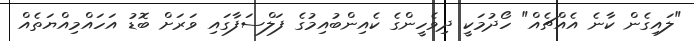
"ލައިގެން ކާނެ އެއްޗެއް" ހޯދުމަކީ ދިވެހީންގެ ކެއިންބުއިމުގެ ފަލްސަފާގައި ވަރަށް ބޮޑު އަހައްމިއްޔަތެއް